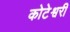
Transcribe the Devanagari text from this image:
कोटेश्वरी